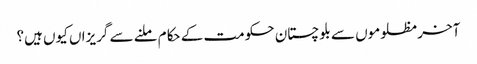
آخر مظلوموں سے بلوچستان حکومت کے حکام ملنے سے گریزاں کیوں ہیں؟